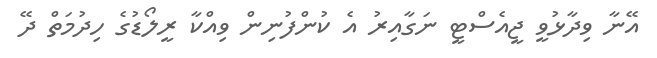
އޭނާ ވިދާޅުވީ ޖީއެސްޓީ ނަގާއިރު އެ ކުންފުނިން ވިއްކާ ރީލޯޑުގެ ހިދުމަތް ދޭ